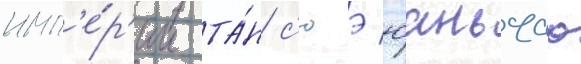
имп'е́р'ии та́н с'юэ юаньчао